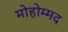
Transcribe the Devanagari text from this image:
मोहोम्मद